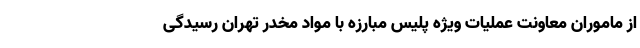
از ماموران معاونت عملیات ویژه پلیس مبارزه با مواد مخدر تهران رسیدگی